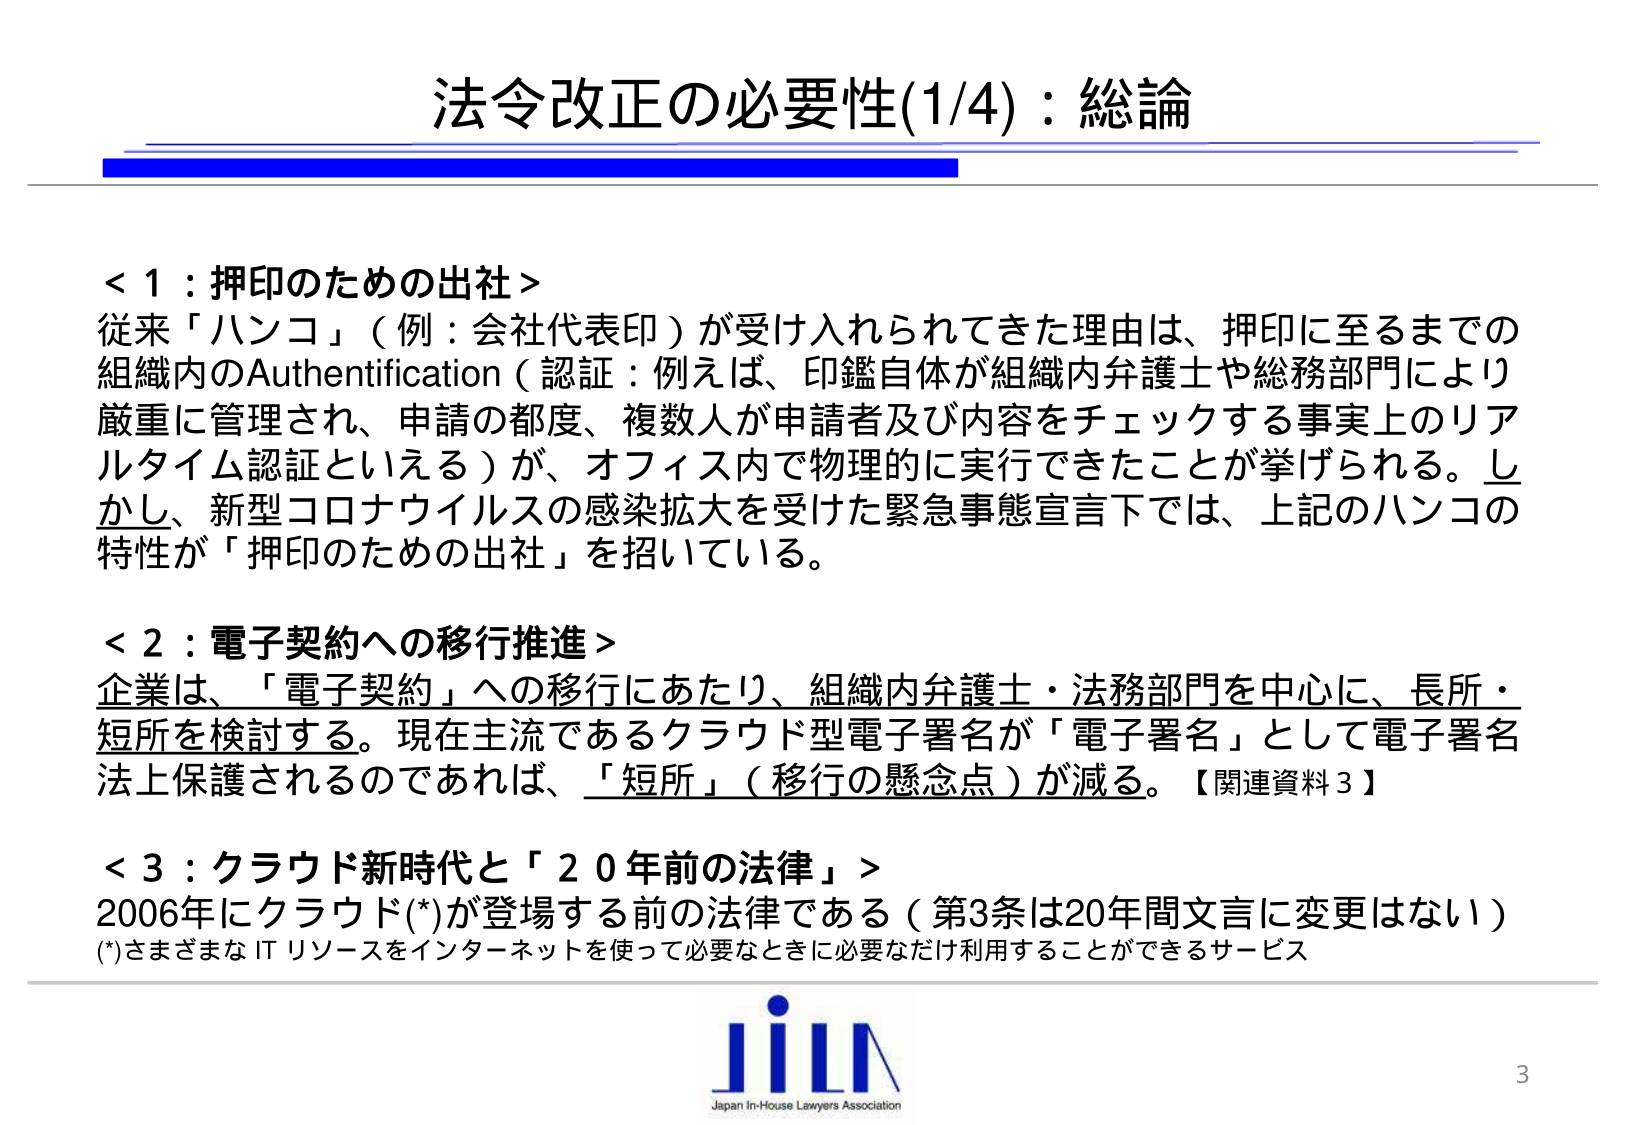
法令改正の必要性(1/4)：総論

＜1：押印のための出社＞
従来「ハンコ」（例：会社代表印）が受け入れられてきた理由は、押印に至るまでの
組織内のAuthentication（認証：例えば、印鑑自体が組織内弁護士や総務部門により
厳重に管理され、申請の都度、複数人が申請者及び内容をチェックする事実上のリアルタイム認証といえる）が、オフィス内で物理的に実行できたことが挙げられる。しかし、新型コロナウイルスの感染拡大を受けた緊急事態宣言下では、上記のハンコの
特性が「押印のための出社」を招いている。

＜2：電子契約への移行推進＞
企業は、「電子契約」への移行にあたり、組織内弁護士・法務部門を中心に、長所・
短所を検討する。現在主流であるクラウド型電子署名が「電子署名」として電子署名
法上保護されるのであれば、「短所」（移行の懸念点）が減る。【関連資料3】

＜3：クラウド新時代と「20年前の法律」＞
2006年にクラウド(*)が登場する前の法律である（第3条は20年間文言に変更はない）
(*)さまざまなITリソースをインターネットを使って必要なときに必要なだけ利用することができるサービス

JiLΛ
Japan In-House Lawyers Association
3